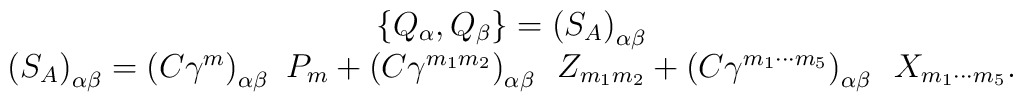
\begin{array}{c}\left\{ Q_\alpha ,Q_\beta \right\} =\left( S_A\right) _{\alpha \beta } \\ \left( S_A\right) _{\alpha \beta }=\left( C\gamma ^m\right) _{\alpha \beta}\,\,P_m+\left( C\gamma ^{m_1m_2}\right) _{\alpha \beta}\,\,\,Z_{m_1m_2}+\left( C\gamma ^{m_1\cdots m_5}\right) _{\alpha \beta}\,\,\,X_{m_1\cdots m_5}.\end{array}